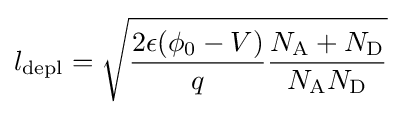
l_{\text{depl}}={\sqrt {{\frac {2\epsilon (\phi _{0}-V)}{q}}{\frac {N_{\text{A}}+N_{\text{D}}}{N_{\text{A}}N_{\text{D}}}}}}